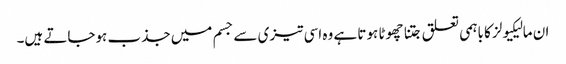
ان مالیکیولز کا باہمی تعلق جتنا چھوٹا ہوتا ہے وہ اسی تیزی سے جسم میں جذب ہوجاتے ہیں۔